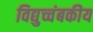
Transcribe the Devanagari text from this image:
विद्युच्चंबकीय